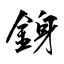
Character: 銵